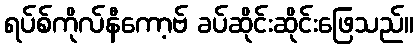
ရပ်စ်ကိုလ်နီကော့ဗ် ခပ်ဆိုင်းဆိုင်းဖြေသည်။